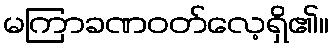
မကြာခဏဝတ်လေ့ရှိ၏။